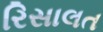
રિસાલત